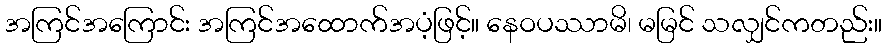
အကြင်အကြောင်း အကြင်အထောက်အပံ့ဖြင့်။ နေဝပဿာမိ၊ မမြင် သလျှင်ကတည်း။